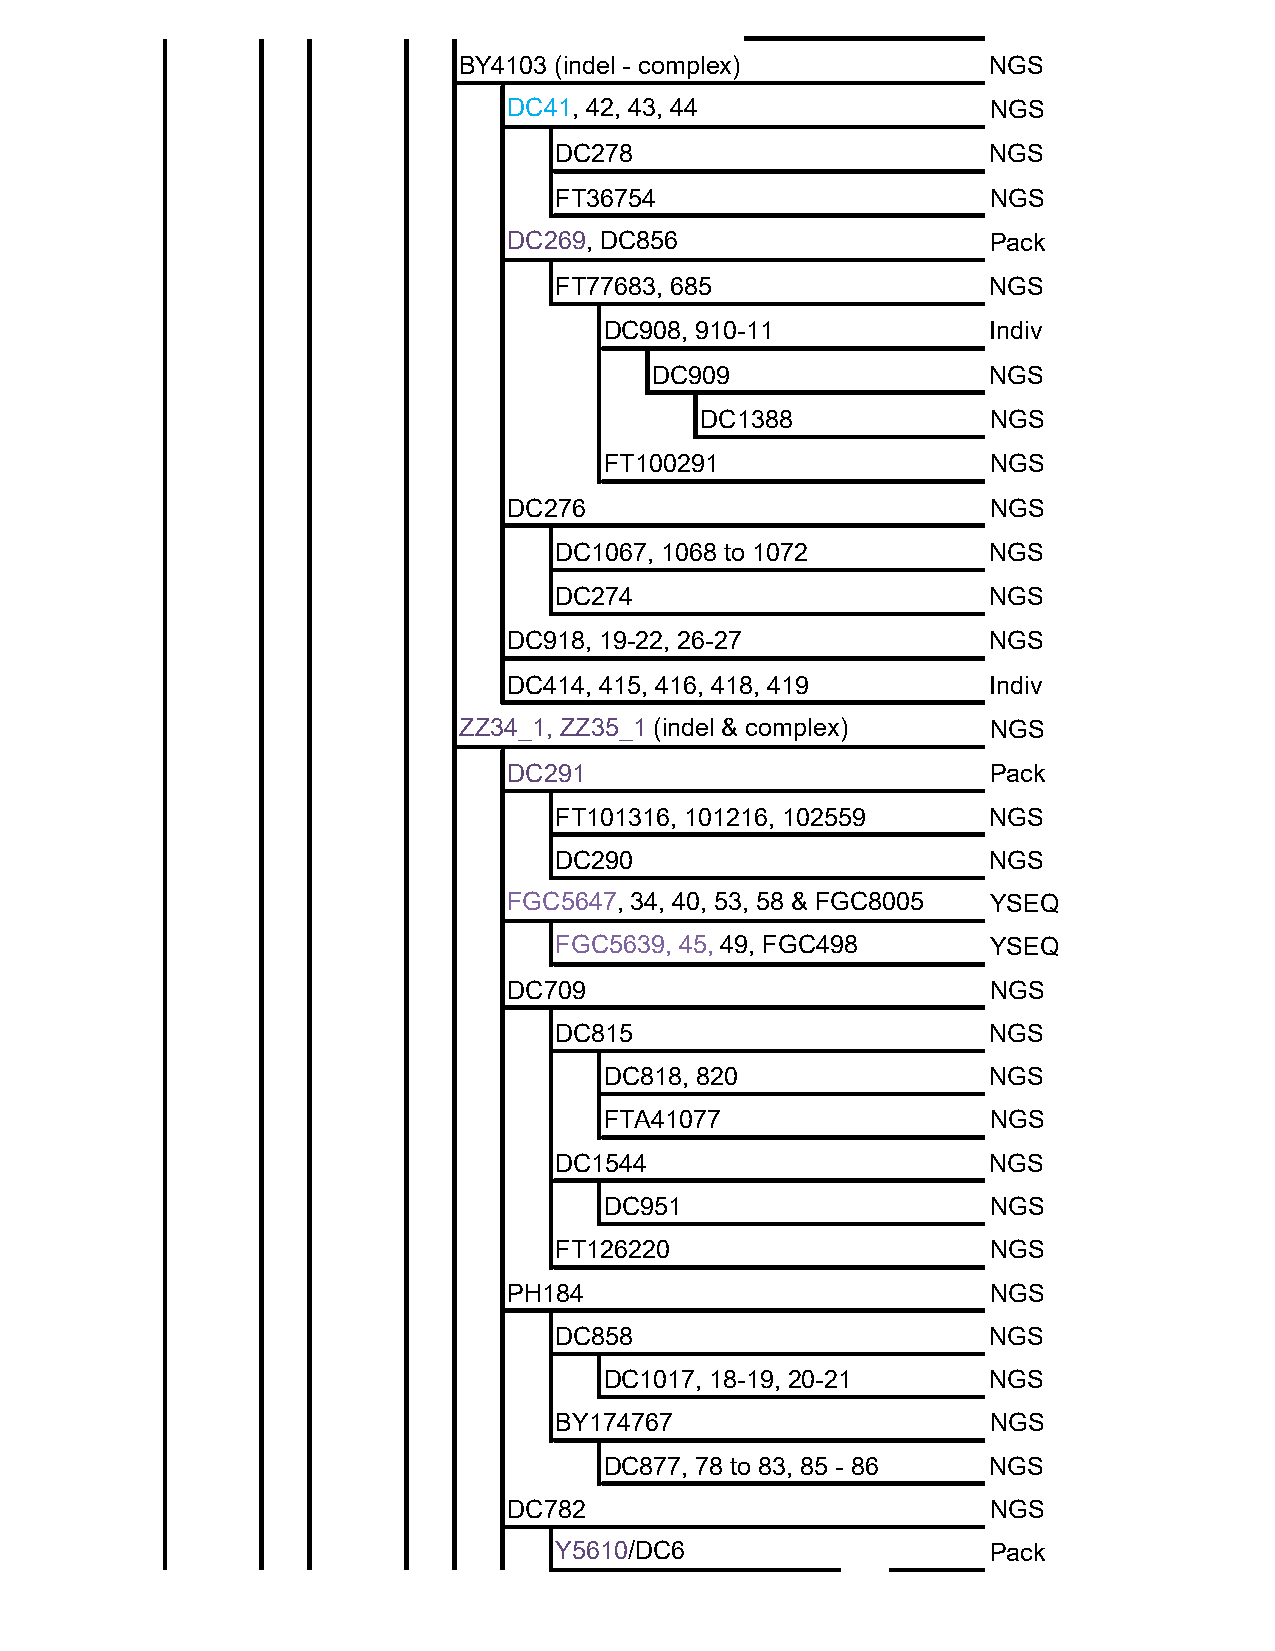
BY4103 (indel - complex)            NGS
 DC41, 42, 43, 44                NGS
 DC278                        NGS
 FT36754                      NGS
 DC269, DC856                    Pack
 FT77683, 685                 NGS
 DC908, 910-11             Indiv
 DC909                  NGS
 DC1388              NGS
 FT100291                  NGS
 DC276                           NGS
 DC1067, 1068 to 1072         NGS
 DC274                        NGS
 DC918, 19-22, 26-27             NGS
 DC414, 415, 416, 418, 419       Indiv
 ZZ34_1, ZZ35_1 (indel & complex)    NGS
 DC291                           Pack
 FT101316, 101216, 102559     NGS
 DC290                        NGS
 FGC5647, 34, 40, 53, 58 & FGC8005 YSEQ
 FGC5639, 45, 49, FGC498      YSEQ
 DC709                           NGS
 DC815                        NGS
 DC818, 820                NGS
 FTA41077                  NGS
 DC1544                       NGS
 DC951                     NGS
 FT126220                     NGS
 PH184                           NGS
 DC858                        NGS
 DC1017, 18-19, 20-21      NGS
 BY174767                     NGS
 DC877, 78 to 83, 85 - 86 NGS
 DC782                           NGS
 Y5610/DC6                    Pack